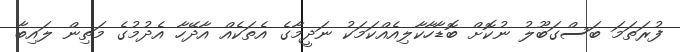
ފުރަތަމަ ބަސްގަބޫލު ނުކޮށް ބޮޑާހާކާލިއެއްކަމަކު ނަދީމާގެ އެތަކެއް އާދޭހާ އެދުމުގެ މަތިން ލައިބާ